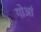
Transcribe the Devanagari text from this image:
गोआं